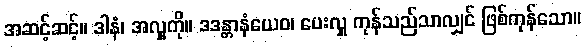
အဆင့်ဆင့်။ ဒါနံ၊ အလှူကို။ ဒဒန္တာနံယေဝ၊ ပေးလှူ ကုန်သည်သာလျှင် ဖြစ်ကုန်သော။